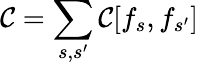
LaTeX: \mathcal{C}=\sum_{s,s^{\prime}}\mathcal{C}[f_{s},f_{s^{\prime}}]